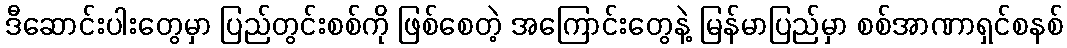
ဒီဆောင်းပါးတွေမှာ ပြည်တွင်းစစ်ကို ဖြစ်စေတဲ့ အကြောင်းတွေနဲ့ မြန်မာပြည်မှာ စစ်အာဏာရှင်စနစ်